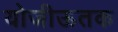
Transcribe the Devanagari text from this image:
योजीऊतक